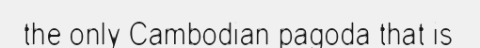
the only Cambodian pagoda that is